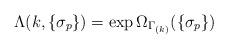
LaTeX: \begin{align*}\Lambda(k,\{\sigma_p\})=\exp\Omega_{\Gamma_{(k)}}(\{\sigma_p\})\end{align*}